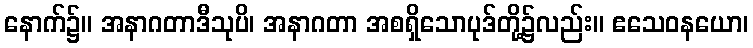
နောက်၌။ အနာဂတာဒီသုပိ၊ အနာဂတာ အစရှိသောပုဒ်တို့၌လည်း။ ဧသေဝနယော၊